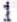
1